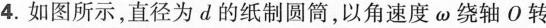
4.如图所示，直径为d的纸制圆筒，以角速度ω绕轴O转